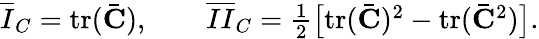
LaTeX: \begin{array}{r}{\overline{{I}}_{C}=\textrm{tr}(\bar{\mathbf{C}}),\qquad\overline{{II}}_{C}=\frac{1}{2}\big[\textrm{tr}(\bar{\mathbf{C}})^{2}-\textrm{tr}(\bar{\mathbf{C}}^{2})\big].}\end{array}